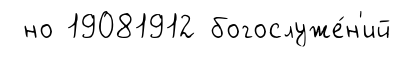
но 19081912 богослуже́н'ий